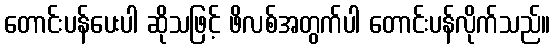
တောင်းပန်ပေးပါ ဆိုသဖြင့် ဖိလစ်အတွက်ပါ တောင်းပန်လိုက်သည်။